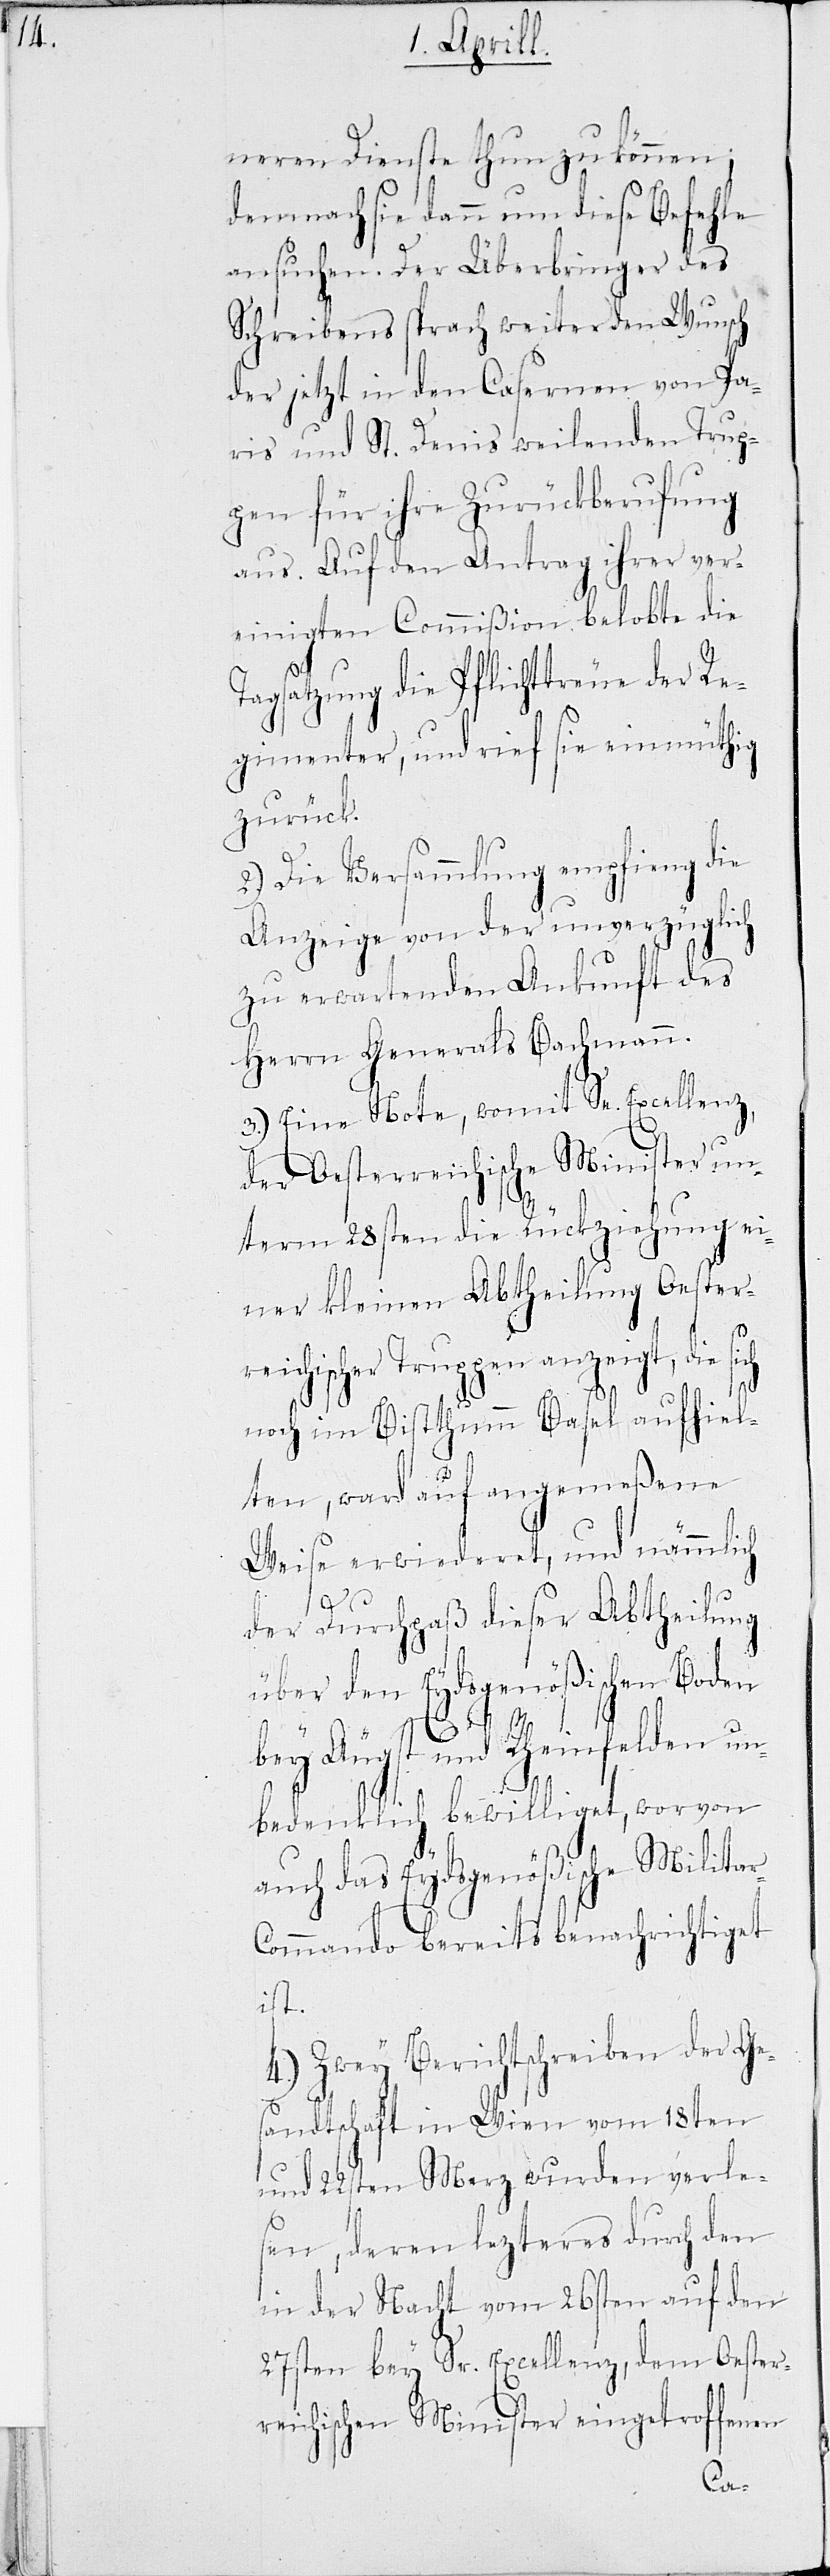
neren Dienste thun zu können;
demnach sie dann um diese Befehle
ansuchen. Der Überbringer des
Schreibens sprach weiter den Wunsch
der jetzt in den Casernen von Pa¬
ris und St. Denis weilenden Trup¬
pen für ihre Zurückberufung
aus. Auf den Antrag ihrer ver¬
einigten Commißion belobte die
Tagsatzung die Pflichttreue der Re¬
gimenter, und rief sie einmüthig
zurück.
2.) Die Versammlung empfieng die
Anzeige von der unverzüglich
zu erwartenden Ankunft des
Herrn Generals Bachmann.
3.) Eine Note, womit Se. Excellenz,
der Oesterreichische Minister un¬
term 28sten die Rückziehung ei¬
ner kleinen Abtheilung Oester¬
reichischer Truppen anzeigt, die si¬
noch im Bisthumm Basel aufhiel¬
ten, ward auf angemeßene
Weise erwiederet, und nämmlich
r-C¬
der Durchpaß dieser Abtheilung
über den Eydsgenößischen Boden
bey Augst und Rheinfelden un¬
bedenklich bewilliget, worvon
auch das Eydsgenößische Milita¬
ommando bereits benachrichtiget
ist.
4.) Zwey Berichtschreiben der Ge¬
sandtschaft in Wien vom 18ten
und 22sten Merz wurden verle¬
sen, deren lezteres durch den
in der Nacht vom 26sten auf den
27sten bey Sr. Excellenz, dem Oester¬
reichischen Minister eingetroffenen